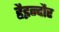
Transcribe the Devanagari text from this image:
हैइन्दौर